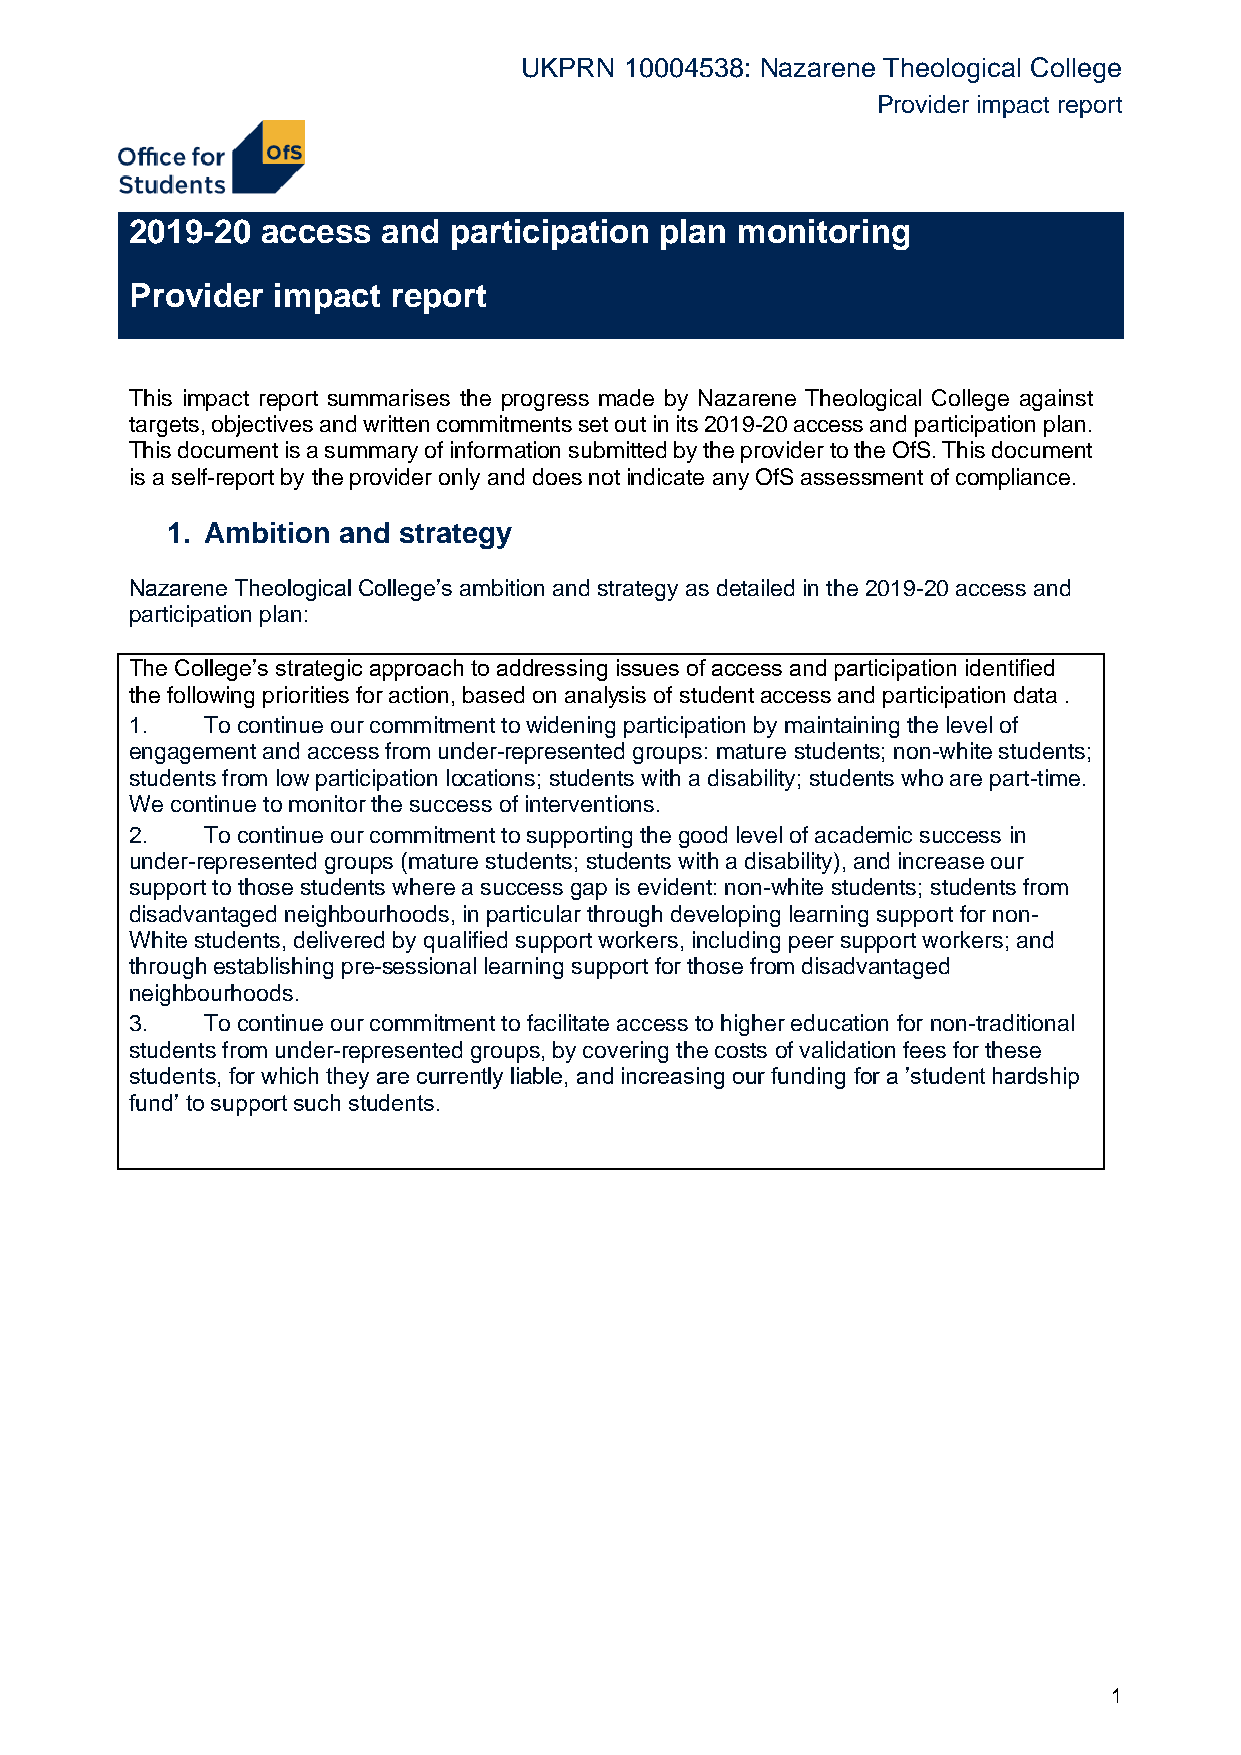
UKPRN 10004538: Nazarene Theological College
 Provider impact report
 2019-20 access  and  participation plan monitoring
 Provider impact  report
 This impact report summarises the progress made by Nazarene Theological College against
 targets, objectives and written commitments set out in its 2019-20 access and participation plan.
 This document is a summary of information submitted by the provider to the OfS. This document
 is a self-report by the provider only and does not indicate any OfS assessment of compliance.
 1. Ambition and strategy
 Nazarene Theological College’s ambition and strategy as detailed in the 2019-20 access and
 participation plan:
 The College’s strategic approach to addressing issues of access and participation identified
 the following priorities for action, based on analysis of student access and participation data .
 1.   To continue our commitment to widening participation by maintaining the level of
 engagement and access from under-represented groups: mature students; non-white students;
 students from low participation locations; students with a disability; students who are part-time.
 We continue to monitor the success of interventions.
 2.   To continue our commitment to supporting the good level of academic success in
 under-represented groups (mature students; students with a disability), and increase our
 support to those students where a success gap is evident: non-white students; students from
 disadvantaged neighbourhoods, in particular through developing learning support for non-
 White students, delivered by qualified support workers, including peer support workers; and
 through establishing pre-sessional learning support for those from disadvantaged
 neighbourhoods.
 3.   To continue our commitment to facilitate access to higher education for non-traditional
 students from under-represented groups, by covering the costs of validation fees for these
 students, for which they are currently liable, and increasing our funding for a ’student hardship
 fund’ to support such students.
 1